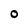
Character: O